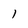
Character: l